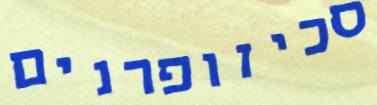
סכיזופרנים